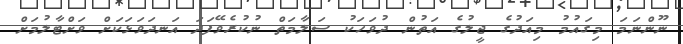
ނޫންނަމަ މިގައުމު މިއަދުގެ ޖީލުގެ އަތުން ދުވަހަކު ސަލާމަތް ނުކުރެވޭފަދަ އަނދަވަޅަކަށް ވަށްޓާލުމަށް